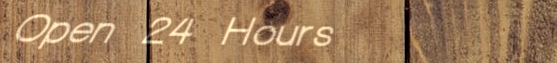
Open 24 Hours